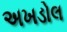
અખડોલ